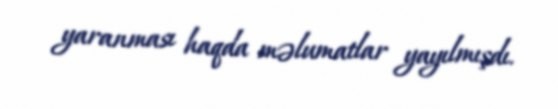
yaranması haqda məlumatlar yayılmışdı.